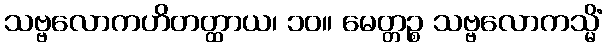
သဗ္ဗလောကဟိတတ္ထာယ၊ ၁၀။ မေတ္တဉ္စ သဗ္ဗလောကသ္မိံ